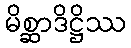
မိစ္ဆာဒိဋ္ဌိဿ